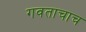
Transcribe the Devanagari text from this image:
गवताचाच